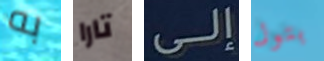
به تارا إلى بتول